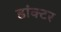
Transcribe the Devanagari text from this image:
डांक्टर